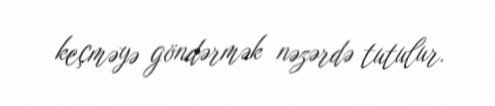
keçməyə göndərmək nəzərdə tutulur.